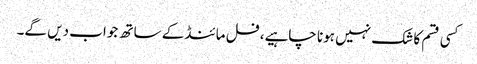
کسی قسم کا شک نہیں ہونا چاہیے، فل مائنڈ کے ساتھ جواب دیں گے۔